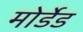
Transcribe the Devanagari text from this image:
मोर्डेड